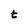
Character: t